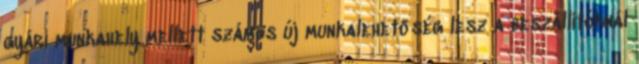
gyári munkahely mellett számos új munkalehetőség lesz a beszállítóknál